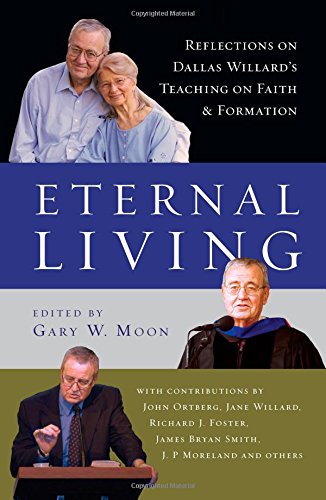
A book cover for Eternal Living: Reflections on Dallas Willard's Teaching on Faith and Formation; Dallas Willard; Christian Books & Bibles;